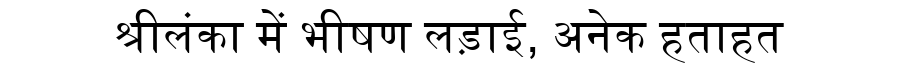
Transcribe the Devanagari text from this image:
श्रीलंका में भीषण लड़ाई, अनेक हताहत